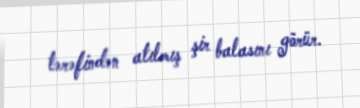
tərəfindən atılmış şir balasını görür.